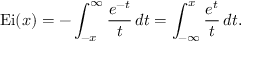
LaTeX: \operatorname { E i } ( x ) = - \int _ { - x } ^ { \infty } { \frac { e ^ { - t } } { t } } \, d t = \int _ { - { \infty } } ^ { x } { \frac { e ^ { t } } { t } } \, d t .